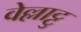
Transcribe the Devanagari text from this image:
वेल्लाट्टु